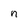
Character: n